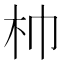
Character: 𣏑